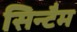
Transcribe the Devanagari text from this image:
सिन्टैम